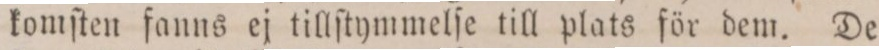
komſten fanns ej tillſtymmelſe till plats för dem. De